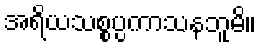
အရိယသစ္စပ္ပကာသနဘူမိ။